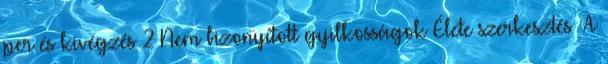
per és kivégzés 2 Nem bizonyított gyilkosságok Élete szerkesztés A